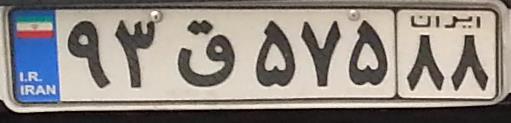
۹۳ق۵۷۵۸۸